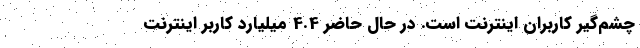
چشم‌گیر کاربران اینترنت است. در حال حاضر 4.4 میلیارد کاربر اینترنت